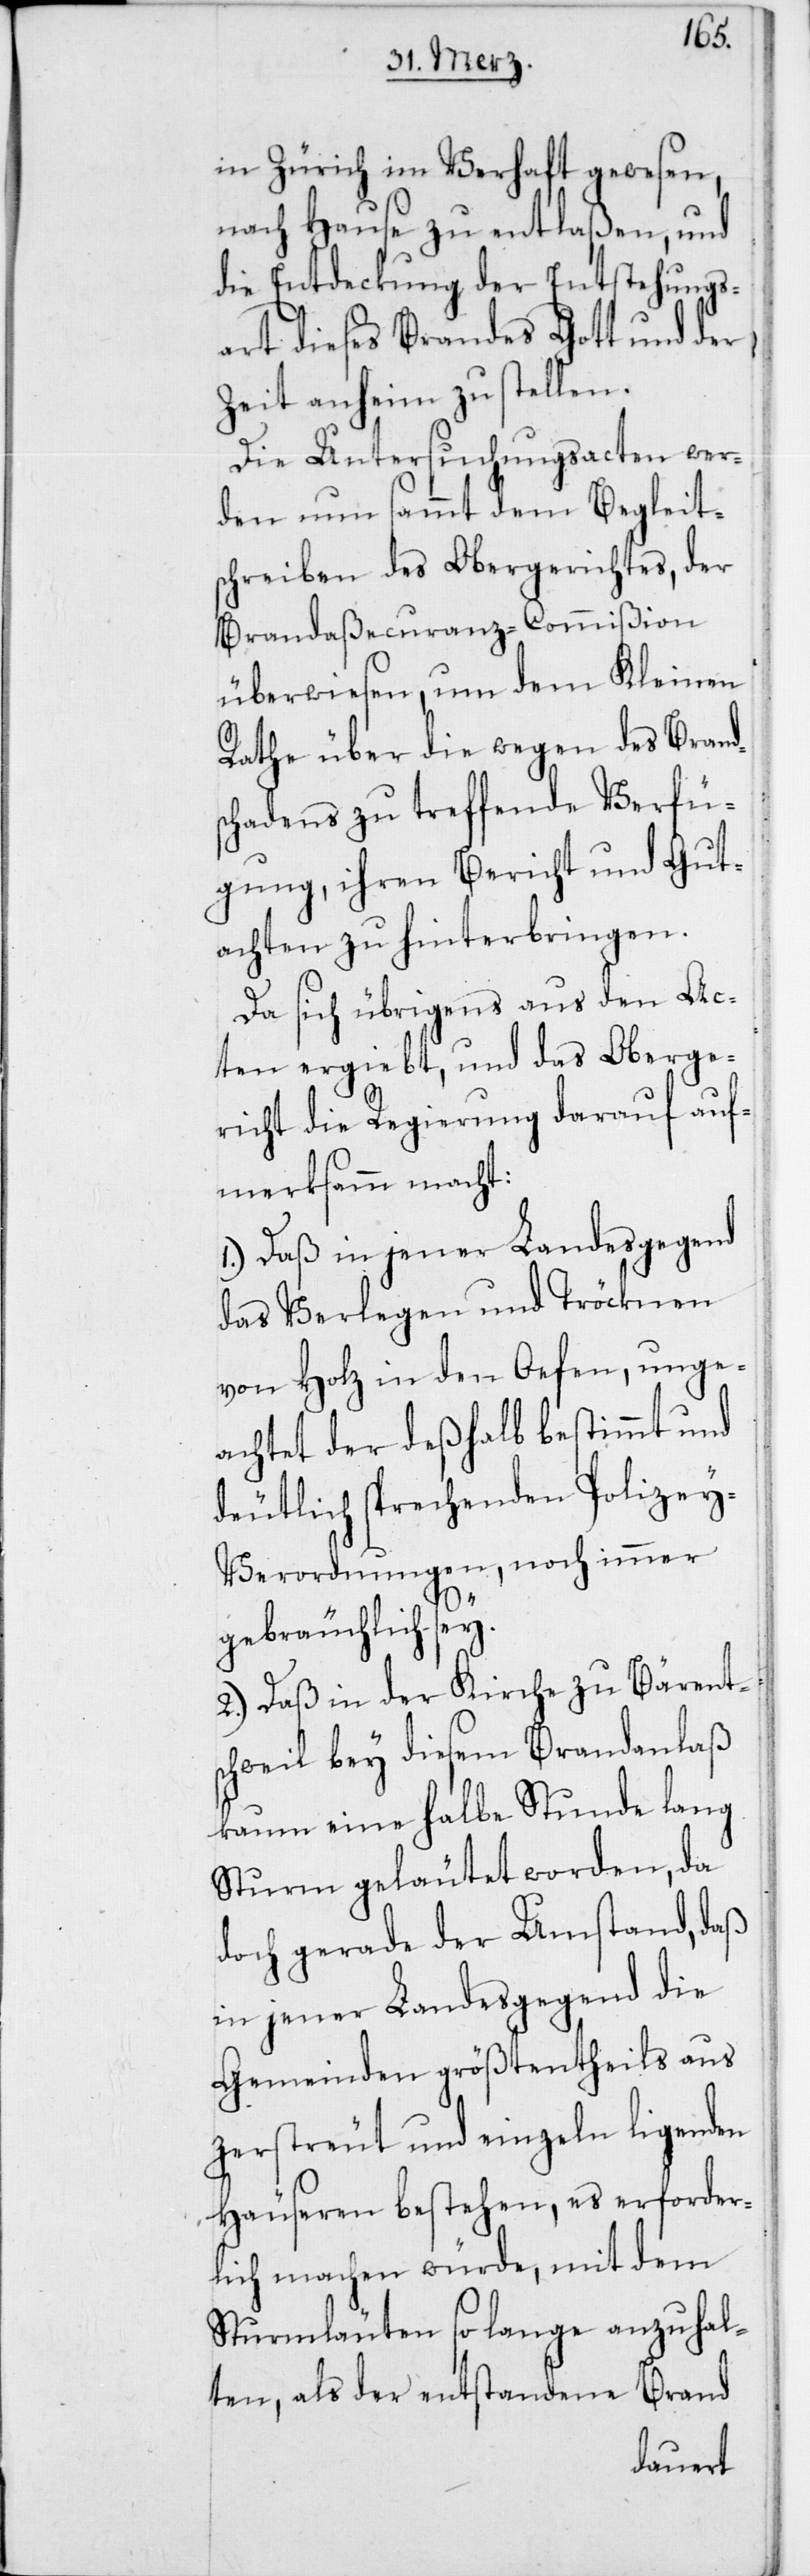
in Zürich im Verhaft gewesen,
nach Hause zu entlaßen, und
die Entdeckung der Entstehungs¬
art dieses Brandes Gott und der
Zeit anheim zu stellen.
Die Untersuchungsacten wer¬
den nun sammt dem Begleit¬
schreiben des Obergerichtes, der
Brandaßecuranz-Commißion
überwiesen, um dem Kleinen
Rathe über die wegen des Brand¬
schadens zu treffende Verfü¬
gung, ihren Bericht und Gut¬
achten zu hinterbringen.
Da sich übrigens aus den Ac¬
ten ergiebt, und das Oberge¬
richt die Regierung darauf auf¬
merksamm macht:
1.) Daß in jener Landesgegend
das Verlegen und Tröcknen
von Holz in den Oefen, unge¬
achtet der deshalb bestimmt und
deutlich sprechenden Polizey-V¬
erordnungen, noch immer
gebräuchlich sey.
2.) Daß in der Kirche zu Bärent¬
schweil bey diesem Brandanlaß
kaum eine halbe Stunde lang
Sturm geläutet worden, da
doch gerade der Umstand, daß
in jener Landesgegend die
Gemeinden größtentheils aus
zerstreut und einzeln ligenden
Häuseren bestehen, es erforder¬
lich machen würde, mit dem
Sturmläuten so lange anzuhal¬
ten, als der entstandene Brand